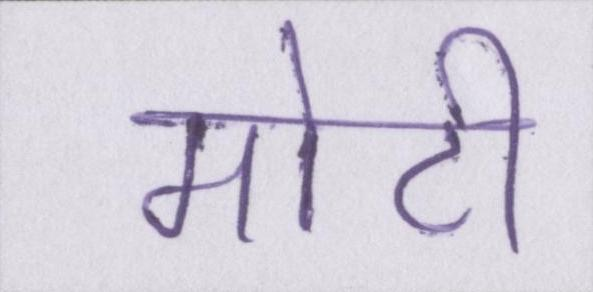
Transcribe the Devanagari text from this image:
मोटी